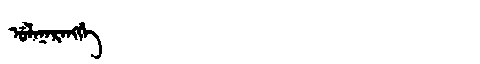
Manchu: ᡠᠯᠠᠨᠠᡵᠠᠩᡤᡝ
Romanization: ULANARANGGE